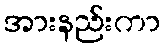
အားနည်းကာ